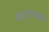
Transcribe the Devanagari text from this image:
रक्ताअभावी